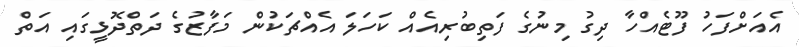
އެއަށްފަހު ފޫޓެއްހާ ދިގު މިނުގެ ފަތިބުރިއެއް ކަހަލަ އެއްޗަކުން މަފާޒުގެ ދަތްދޮޅީގައި އަތް